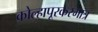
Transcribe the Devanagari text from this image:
कोल्हापूरकरमात्र